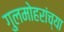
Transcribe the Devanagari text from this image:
गुलमोहरांच्या